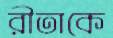
রীতাকে